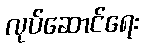
လုပ်ဆောင်ရေး